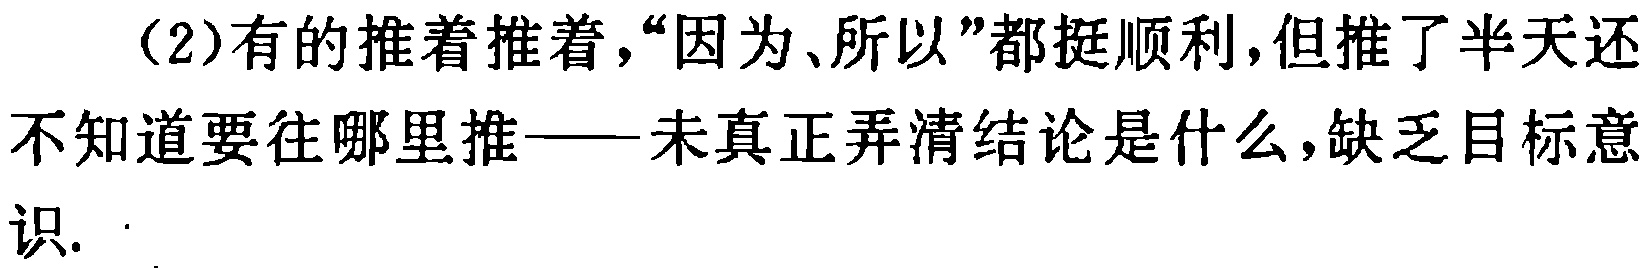
（2）有的推着推着，“因为、所以”都挺顺利，但推了半天还不知道要往哪里推——未真正弄清结论是什么，缺乏目标意识.